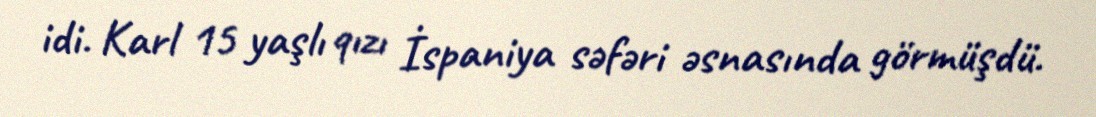
idi. Karl 15 yaşlı qızı İspaniya səfəri əsnasında görmüşdü.